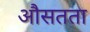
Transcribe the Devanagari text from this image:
औसतता